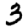
Digit: 3